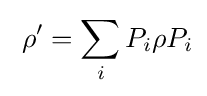
\;\rho '=\sum _{i}P_{i}\rho P_{i}